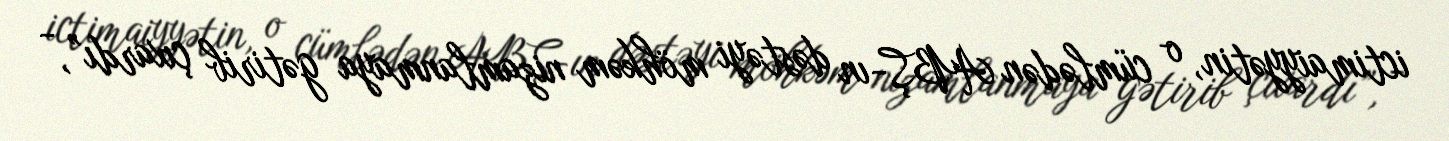
ictimaiyyətin, o cümlədən ABŞ-ın dəstəyi möhkəm nizamlanmaya gətirib çıxardı”, -